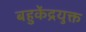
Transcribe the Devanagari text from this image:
बहुकेंद्रयुक्त